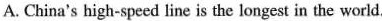
A. China's high-speed line is the longest in the world.